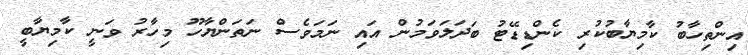
އިންތިހާބު ކާމިޔާބުކުރި ކެންޑިޑޭޓު ބަދަލަވަމުން އައި ނަމަވެސް ނަތަންޔާހޫ މިހާރު ވަނީ ކާމިޔާބީ